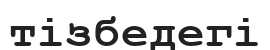
тізбедегі